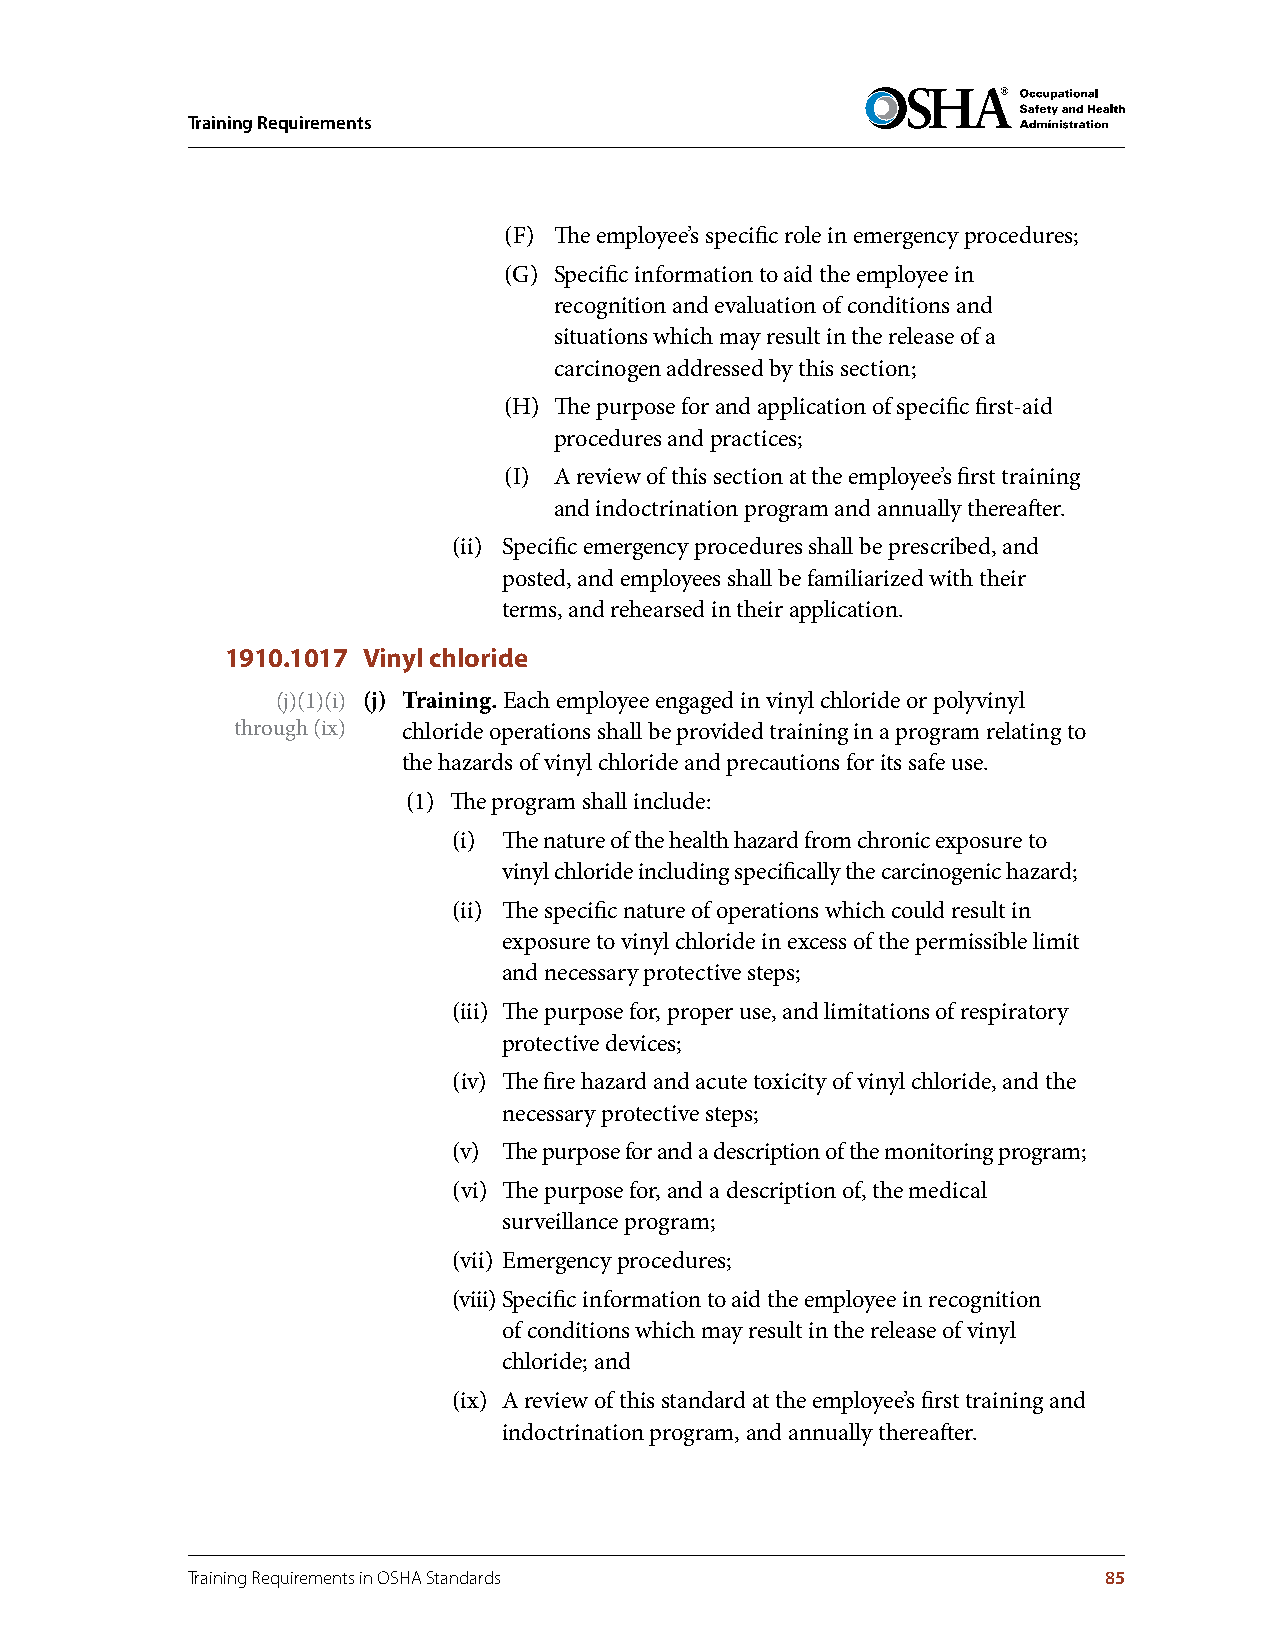
Training Requirements
 (F) The employee’s specific role in emergency procedures;
 (G) Specific information to aid the employee in
 recognition and evaluation of conditions and
 situations which may result in the release of a
 carcinogen addressed by this section;
 (H) The purpose for and application of specific first-aid
 procedures and practices;
 (I) A review of this section at the employee’s first training
 and indoctrination program and annually thereafter.
 (ii) Specific emergency procedures shall be prescribed, and
 posted, and employees shall be familiarized with their
 terms, and rehearsed in their application.
 1910.1017 Vinyl chloride
 (j)(1)(i) (j) Training . Each employee engaged in vinyl chloride or polyvinyl
 through (ix) chloride operations shall be provided training in a program relating to
 the hazards of vinyl chloride and precautions for its safe use.
 (1) The program shall include:
 (i) The nature of the health hazard from chronic exposure to
 vinyl chloride including specifically the carcinogenic hazard;
 (ii) The specific nature of operations which could result in
 exposure to vinyl chloride in excess of the permissible limit
 and necessary protective steps;
 (iii) The purpose for, proper use, and limitations of respiratory
 protective devices;
 (iv) The fire hazard and acute toxicity of vinyl chloride, and the
 necessary protective steps;
 (v) The purpose for and a description of the monitoring program;
 (vi) The purpose for, and a description of, the medical
 surveillance program;
 (vii) Emergency procedures;
 (viii) Specific information to aid the employee in recognition
 of conditions which may result in the release of vinyl
 chloride; and
 (ix) A review of this standard at the employee’s first training and
 indoctrination program, and annually thereafter.
 Training Requirements in OSHA Standards                      85